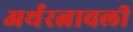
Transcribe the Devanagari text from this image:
अर्थरत्नावली